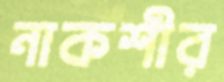
নাকশীর